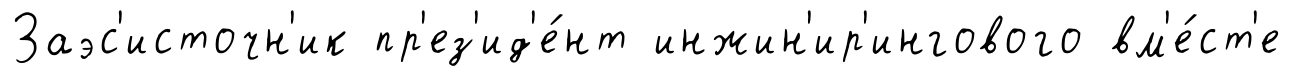
Заэс'источн'ик пр'ез'ид'е́нт инжин'ир'ингового вм'е́ст'е